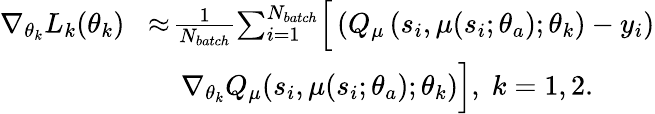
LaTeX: \begin{array}{rl}{\nabla_{\theta_{k}}L_{k}(\theta_{k})}&{\! \approx\! \frac{1}{N_{batch}}\! \sum_{i=1}^{N_{batch}}\! \Big[\left(Q_{\mu}\left(s_{i},\mu(s_{i};\theta_{a});\theta_{k}\right)-y_{i}\right)}\\ &{\quad\nabla_{\theta_{k}}{{Q}}_{\mu}(s_{i},\mu(s_{i};\theta_{a});\theta_{k})\Big],\; k=1,2.}\end{array}